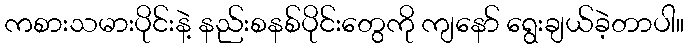
ကစားသမားပိုင်းနဲ့ နည်းစနစ်ပိုင်းတွေကို ကျနော် ရွေးချယ်ခဲ့တာပါ။